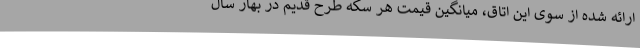
ارائه شده از سوی این اتاق، میانگین قیمت هر سکه طرح قدیم در بهار سال